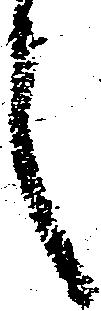
言